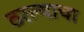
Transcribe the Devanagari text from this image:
ठरल्याचा